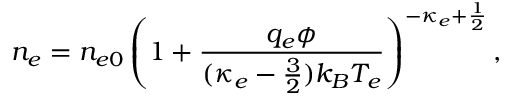
n _ { e } = n _ { e 0 } \left( 1 + \frac { q _ { e } \phi } { ( \kappa _ { e } - \frac { 3 } { 2 } ) k _ { B } T _ { e } } \right) ^ { - \kappa _ { e } + \frac { 1 } { 2 } } ,